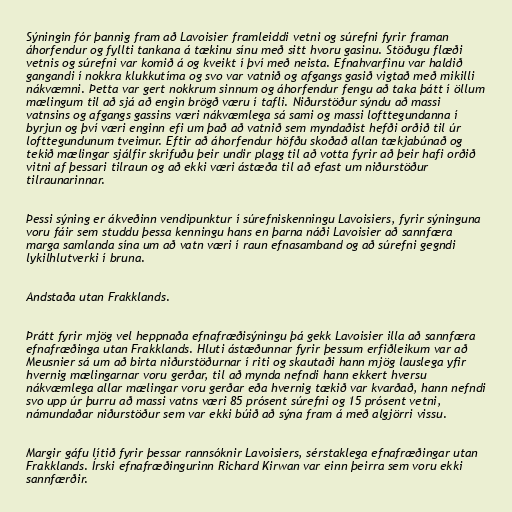
Sýningin fór þannig fram að Lavoisier framleiddi vetni og súrefni fyrir framan
áhorfendur og fyllti tankana á tækinu sínu með sitt hvoru gasinu. Stöðugu flæði
vetnis og súrefni var komið á og kveikt í því með neista. Efnahvarfinu var haldið
gangandi í nokkra klukkutíma og svo var vatnið og afgangs gasið vigtað með mikilli
nákvæmni. Þetta var gert nokkrum sinnum og áhorfendur fengu að taka þátt í öllum
mælingum til að sjá að engin brögð væru í tafli. Niðurstöður sýndu að massi
vatnsins og afgangs gassins væri nákvæmlega sá sami og massi lofttegundanna í
byrjun og því væri enginn efi um það að vatnið sem myndaðist hefði orðið til úr
lofttegundunum tveimur. Eftir að áhorfendur höfðu skoðað allan tækjabúnað og
tekið mælingar sjálfir skrifuðu þeir undir plagg til að votta fyrir að þeir hafi orðið
vitni af þessari tilraun og að ekki væri ástæða til að efast um niðurstöður
tilraunarinnar.

Þessi sýning er ákveðinn vendipunktur í súrefniskenningu Lavoisiers, fyrir sýninguna
voru fáir sem studdu þessa kenningu hans en þarna náði Lavoisier að sannfæra
marga samlanda sína um að vatn væri í raun efnasamband og að súrefni gegndi
lykilhlutverki í bruna.

Andstaða utan Frakklands.

Þrátt fyrir mjög vel heppnaða efnafræðisýningu þá gekk Lavoisier illa að sannfæra
efnafræðinga utan Frakklands. Hluti ástæðunnar fyrir þessum erfiðleikum var að
Meusnier sá um að birta niðurstöðurnar í riti og skautaði hann mjög lauslega yfir
hvernig mælingarnar voru gerðar, til að mynda nefndi hann ekkert hversu
nákvæmlega allar mælingar voru gerðar eða hvernig tækið var kvarðað, hann nefndi
svo upp úr þurru að massi vatns væri 85 prósent súrefni og 15 prósent vetni,
námundaðar niðurstöður sem var ekki búið að sýna fram á með algjörri vissu.

Margir gáfu lítið fyrir þessar rannsóknir Lavoisiers, sérstaklega efnafræðingar utan
Frakklands. Írski efnafræðingurinn Richard Kirwan var einn þeirra sem voru ekki
sannfærðir.